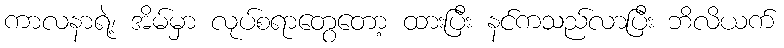
ကာလနာရဲ့၊ အိမ်မှာ လုပ်စရာတွေတော့ ထားပြီး နင်ကသည်လာပြီး ဘိလိယက်